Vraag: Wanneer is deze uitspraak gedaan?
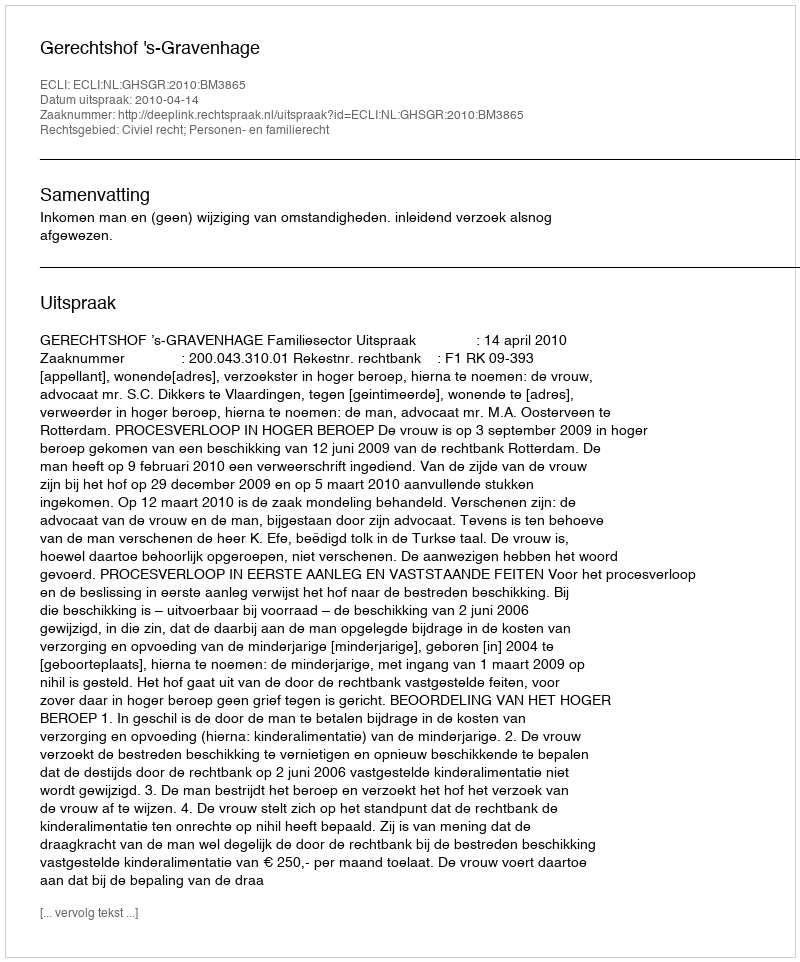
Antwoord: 2010-04-14